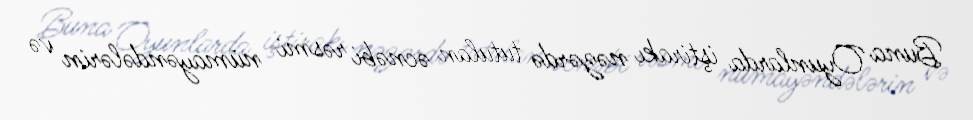
Buna Oyunlarda iştirakı nəzərdə tutulan əcnəbi rəsmi nümayəndələrin və